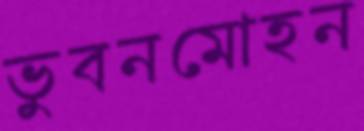
ভুবনমোহন